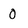
Character: 0